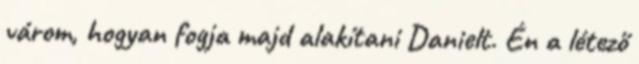
várom, hogyan fogja majd alakítani Danielt. Én a létező